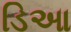
ડિઆ